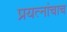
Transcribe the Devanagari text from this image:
प्रयत्‍नांचाच